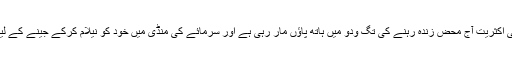
محکوم اور بے وسیلہ آبادی کی اکثریت آج محض زندہ رہنے کی تگ ودو میں ہاتھ پاؤں مار رہی ہے اور سرمائے کی منڈی میں خود کو نیلام کرکے جینے کے لیے چند سانسیں خرید پاتی ہے۔